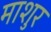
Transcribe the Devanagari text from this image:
माशुर